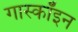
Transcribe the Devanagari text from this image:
गास्कॉइन